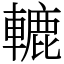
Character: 轆